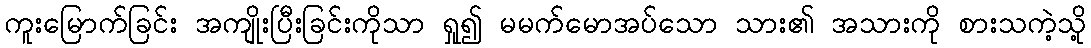
ကူးမြောက်ခြင်း အကျိုးပြီးခြင်းကိုသာ ရှု၍ မမက်မောအပ်သော သား၏ အသားကို စားသကဲ့သို့